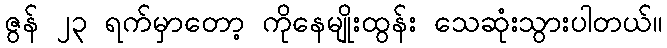
ဇွန် ၂၃ ရက်မှာတော့ ကိုနေမျိုးထွန်း သေဆုံးသွားပါတယ်။